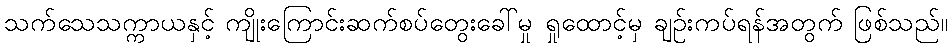
သက်သေသက္ကာယနှင့် ကျိုးကြောင်းဆက်စပ်တွေးခေါ်မှု ရှုထောင့်မှ ချဉ်းကပ်ရန်အတွက် ဖြစ်သည်။